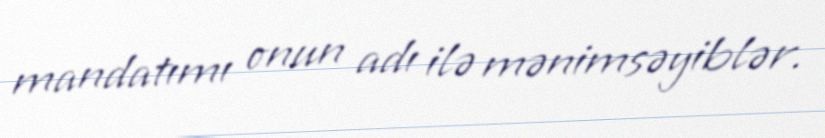
mandatımı onun adı ilə mənimsəyiblər.